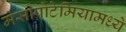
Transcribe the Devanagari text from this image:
मेसोपोटेमियामध्ये